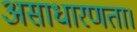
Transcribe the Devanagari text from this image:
असाधारणता।